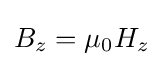
B_{z}=\mu _{0}H_{z}